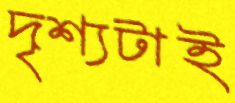
দৃশ্যটাই